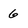
Character: 6